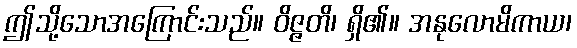
ဤသို့သောအကြောင်းသည်။ ဝိဇ္ဇတိ၊ ရှိ၏။ အနုလောမိကာယ၊